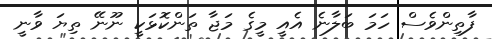
ފާތިންވެސް ހަމަ ބަލާނެ އެއީ މީގެ މަޖާ ތަންކޮޅަކީ ނޫނޭ ތިޔަ ވާނީ